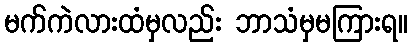
မက်ကဲလားထံမှလည်း ဘာသံမှမကြားရ။